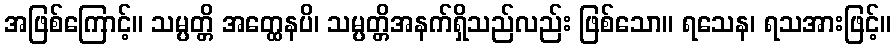
အဖြစ်ကြောင့်။ သမ္ပတ္တိ အတ္ထေနပိ၊ သမ္ပတ္တိအနက်ရှိသည်လည်း ဖြစ်သော။ ရသေန၊ ရသအားဖြင့်။